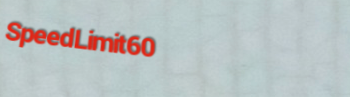
SpeedLimit60